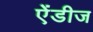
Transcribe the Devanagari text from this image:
ऐंडीज